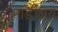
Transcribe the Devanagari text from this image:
नाड़ीक्षय